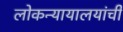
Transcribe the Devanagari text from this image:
लोकन्यायालयांची